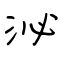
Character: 泌